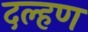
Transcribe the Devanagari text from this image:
दल्हण